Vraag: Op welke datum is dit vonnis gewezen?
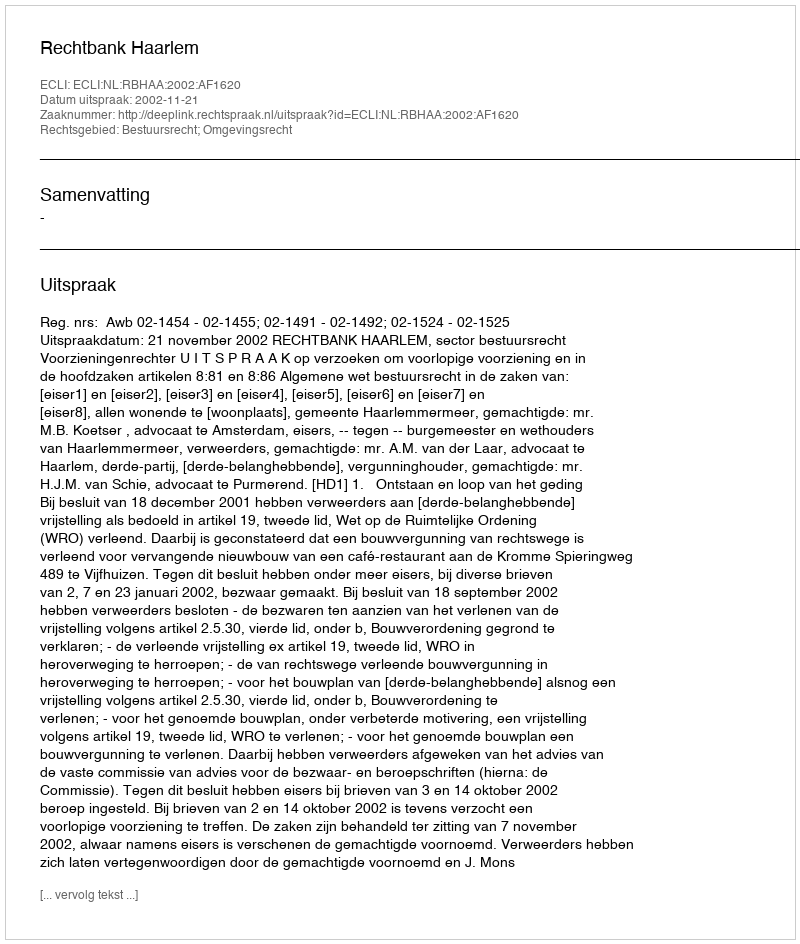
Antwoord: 2002-11-21